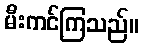
မီးကင်ကြသည်။